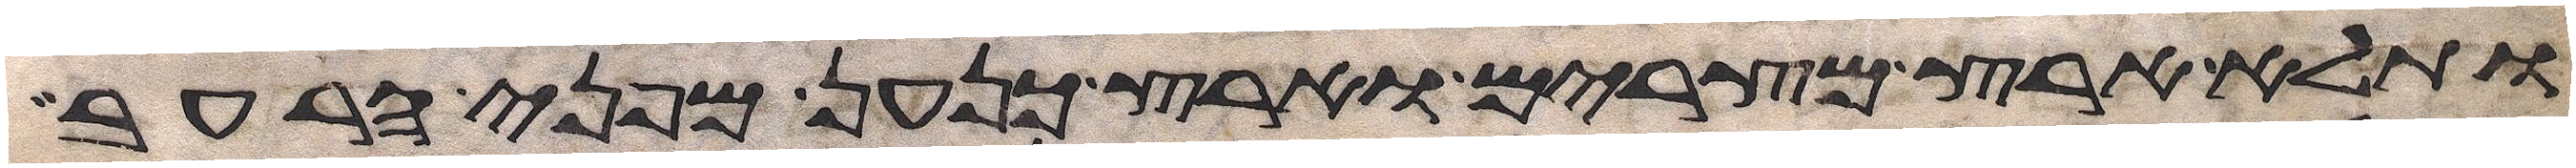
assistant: ותלא ארץ מצרים וארץ כנען מפני הרעב